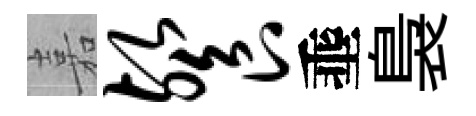
嘉餐埀裊